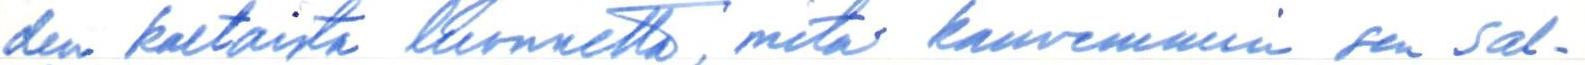
den kaltaista luonnetta, mitä kauvemmin sen sal-